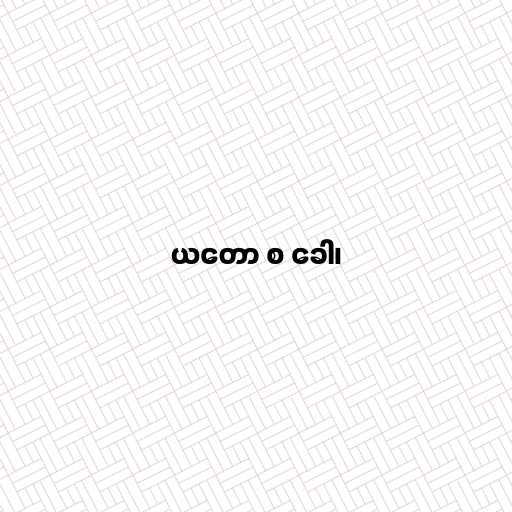
ယတော စ ခေါ၊